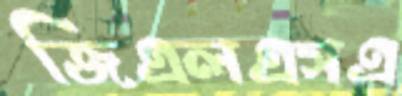
জিএলএসএ